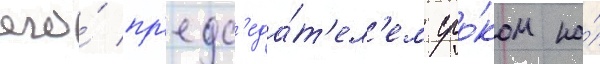
его́ пр'едс'еда́т'ел'ем сро́ком на́